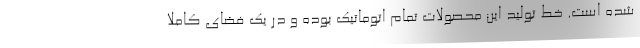
شده است. خط تولید این محصولات تمام اتوماتیک بوده و در یک فضای کاملا